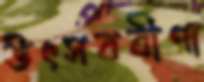
উৎসববীণা